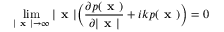
\operatorname* { l i m } _ { | \textbf { x } | \rightarrow \infty } | \textbf { x } | \Big ( \frac { \partial p ( \textbf { x } ) } { \partial | \textbf { x } | } + i k p ( \textbf { x } ) \Big ) = 0